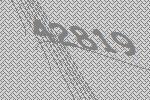
42819